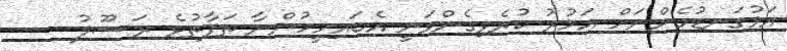
އަޅުގަނޑުމެންނަށް އަމުރު ކުރެވިގެންވަނީ އެބައިމީހުންނާ ތަފާތުވެ ރަސޫލު